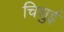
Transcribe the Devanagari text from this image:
चिशुई